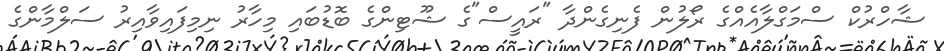
ޝާހްރުކް ސްމަގްލާއެއްގެ ރޯލުން ފެނިގެންދާ "ރައީސް"ގެ ޝޫޓިންގެ ބޮޑުބައި މިހާރު ނިމިފައިވާއިރު ސަލްމާންގެ